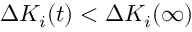
{ \Delta K _ { i } ( t ) < \Delta K _ { i } ( \infty ) }